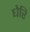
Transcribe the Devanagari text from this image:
घेरि